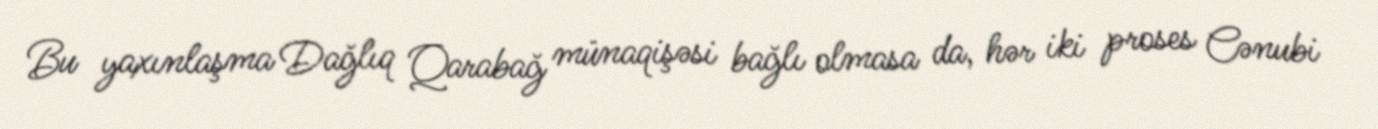
Bu yaxınlaşma Dağlıq Qarabağ münaqişəsi bağlı olmasa da, hər iki proses Cənubi